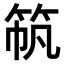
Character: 𫁼